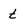
Character: t